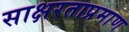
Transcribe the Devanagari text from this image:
साक्षरताप्रमाण